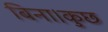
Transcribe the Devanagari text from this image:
बिना।कुछ